Vaccination in Bombay 1869-1873 - 1869-1873
Year: 1869
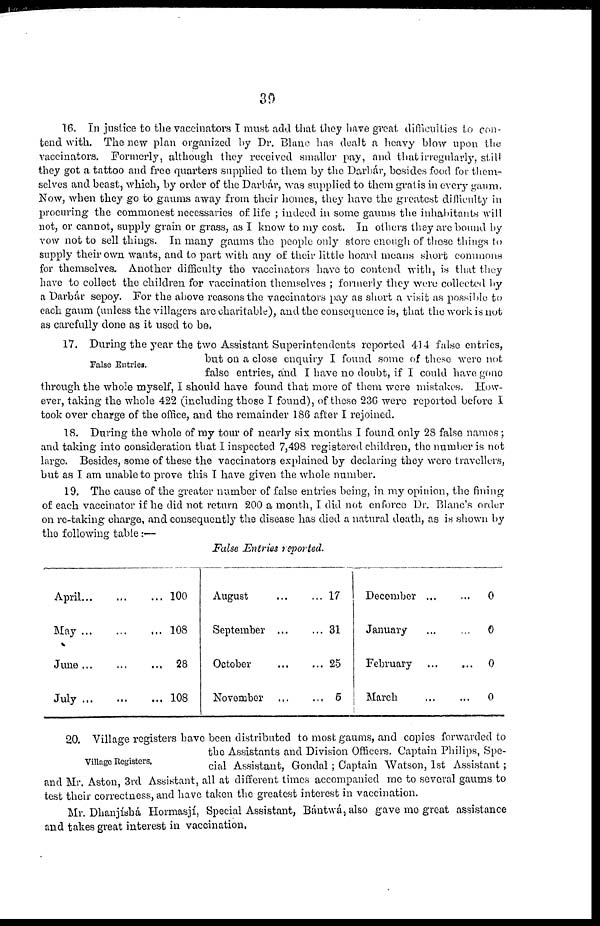
39
16. In justice to the vaccinators I must add that they have great difficulties to con-
tend with. The new plan organized by Dr. Blanc has dealt a heavy blow upon the
vaccinators. Formerly, although they received smaller pay, and that irregularly, still
they got a tattoo and free quarters supplied to them by the Darbár, besides food for them-
selves and beast, which, by order of the Darbár, was supplied to them gratis in every gaum.
Now, when they go to gaums away from their homes, they have the greatest difficulty in
procuring the commonest necessaries of life ; indeed in some gaums the inhabitants will
not, or cannot, supply grain or grass, as I know to my cost. In others they are bound by
vow not to sell things. In many gaums the people only store enough of these things to
supply their own wants, and to part with any of their little hoard means short commons
for themselves. Another difficulty the vaccinators have to contend with, is that they
have to collect the children for vaccination themselves ; formerly they were collected by
a Darbár sepoy. For the above reasons the vaccinators pay as short a visit as possible to
each gaum (unless the villagers are charitable), and the consequence is, that the work is not
as carefully done as it used to be.
False Entries.
17. During the year the two Assistant Superintendents reported 414 false entries,
but on a close enquiry I found some of these were not
false entries, and I have no doubt, if I could have gone
through the whole myself, I should have found that more of them were mistakes. How-
ever, taking the whole 422 (including those I found), of these 236 were reported before I
took over charge of the office, and the remainder 186 after I rejoined.
18. During the whole of my tour of nearly six months I found only 28 false names ;
and taking into consideration that I inspected 7,498 registered children, the number is not
large. Besides, some of these the vaccinators explained by declaring they were travellers,
but as I am unable to prove this I have given the whole number.
19. The cause of the greater number of false entries being, in my opinion, the fining
of each vaccinator if he did not return 200 a month, I did not enforce Dr. Blanc's order
on re-taking charge, and consequently the disease has died a natural death, as is shown by
the following table :—
False Entries reported.
April
May
June
July
100
108
28
108
August
September
October
November
17
31
25
6
December
January......
February
March
0
0
0
0
Village Registers.
20. Village registers have been distributed to most gaums, and copies forwarded to
the Assistants and Division Officers. Captain Philips, Spe-
cial Assistant, Gondal ; Captain Watson, 1st Assistant;
and Mr. Aston, 3rd Assistant, all at different times accompanied me to several gaums to
test their correctness, and have taken the greatest interest in vaccination.
Mr. Dhanjíshá Hormasjí, Special Assistant, Bántwá,also gave me great assistance
and takes great interest in vaccination.